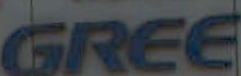
GREE